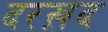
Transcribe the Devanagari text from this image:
दरख़द